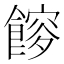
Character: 𩝯